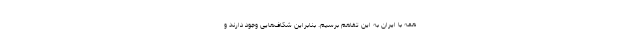
همه با ایران به این تفاهم برسیم. بنابراین شکاف‌هایی وجود دارند و